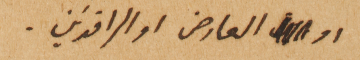
او العارض او الرافدَين.